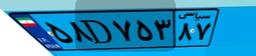
۶۹D۰۳۶۴۵